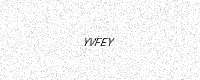
Text: YVFEY